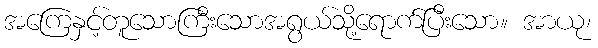
အကြေနှင့်တူသောကြီးသောအရွယ်သို့ရောက်ပြီးသော။ အာယု၊